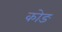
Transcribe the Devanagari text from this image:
कोङ